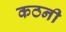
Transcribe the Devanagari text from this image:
कठनी